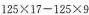
$$ 125/times17-125/times9 $$